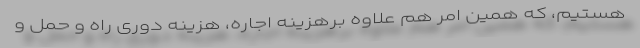
هستیم، که همین امر هم علاوه برهزینه اجاره، هزینه دوری راه و حمل و